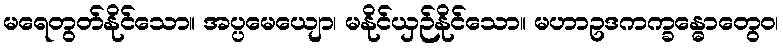
မရေတွတ်နိုင်သော။ အပ္ပမေယျော၊ မနိုင်ယှဉ်နိုင်သော။ မဟာဥဒကက္ခန္ဓောတွေဝ၊